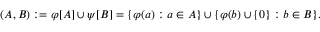
( A , B ) : = \varphi [ A ] \cup \psi [ B ] = \{ \varphi ( a ) : a \in A \} \cup \{ \varphi ( b ) \cup \{ 0 \} : b \in B \} .